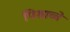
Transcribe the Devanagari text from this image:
पिशाच्चे